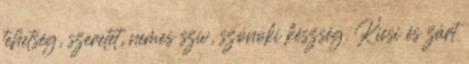
tehetség, szeretet, nemes szív, szónoki készség. Kicsi és zárt